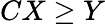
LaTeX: CX\ge Y